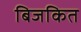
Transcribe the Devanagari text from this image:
बिजकित